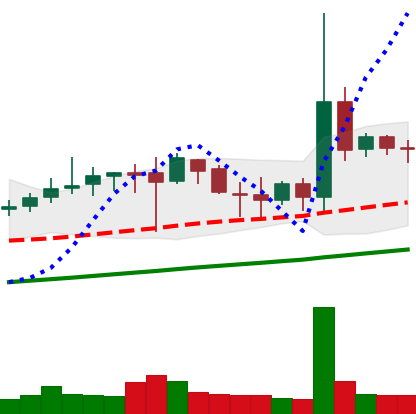
Ticker: DOGE-USD
Chart end date: 2019-07-09
Forward return: -15.075%
Label: down_7plus